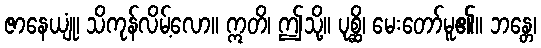
ဇာနေယျုံ၊ သိကုန်လိမ့်လော။ ဣတိ၊ ဤသို့။ ပုစ္ဆိ၊ မေးတော်မူ၏။ ဘန္တေ၊